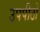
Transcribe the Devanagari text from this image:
उपपीठों